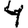
Digit: 4